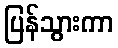
ပြန်သွားကာ